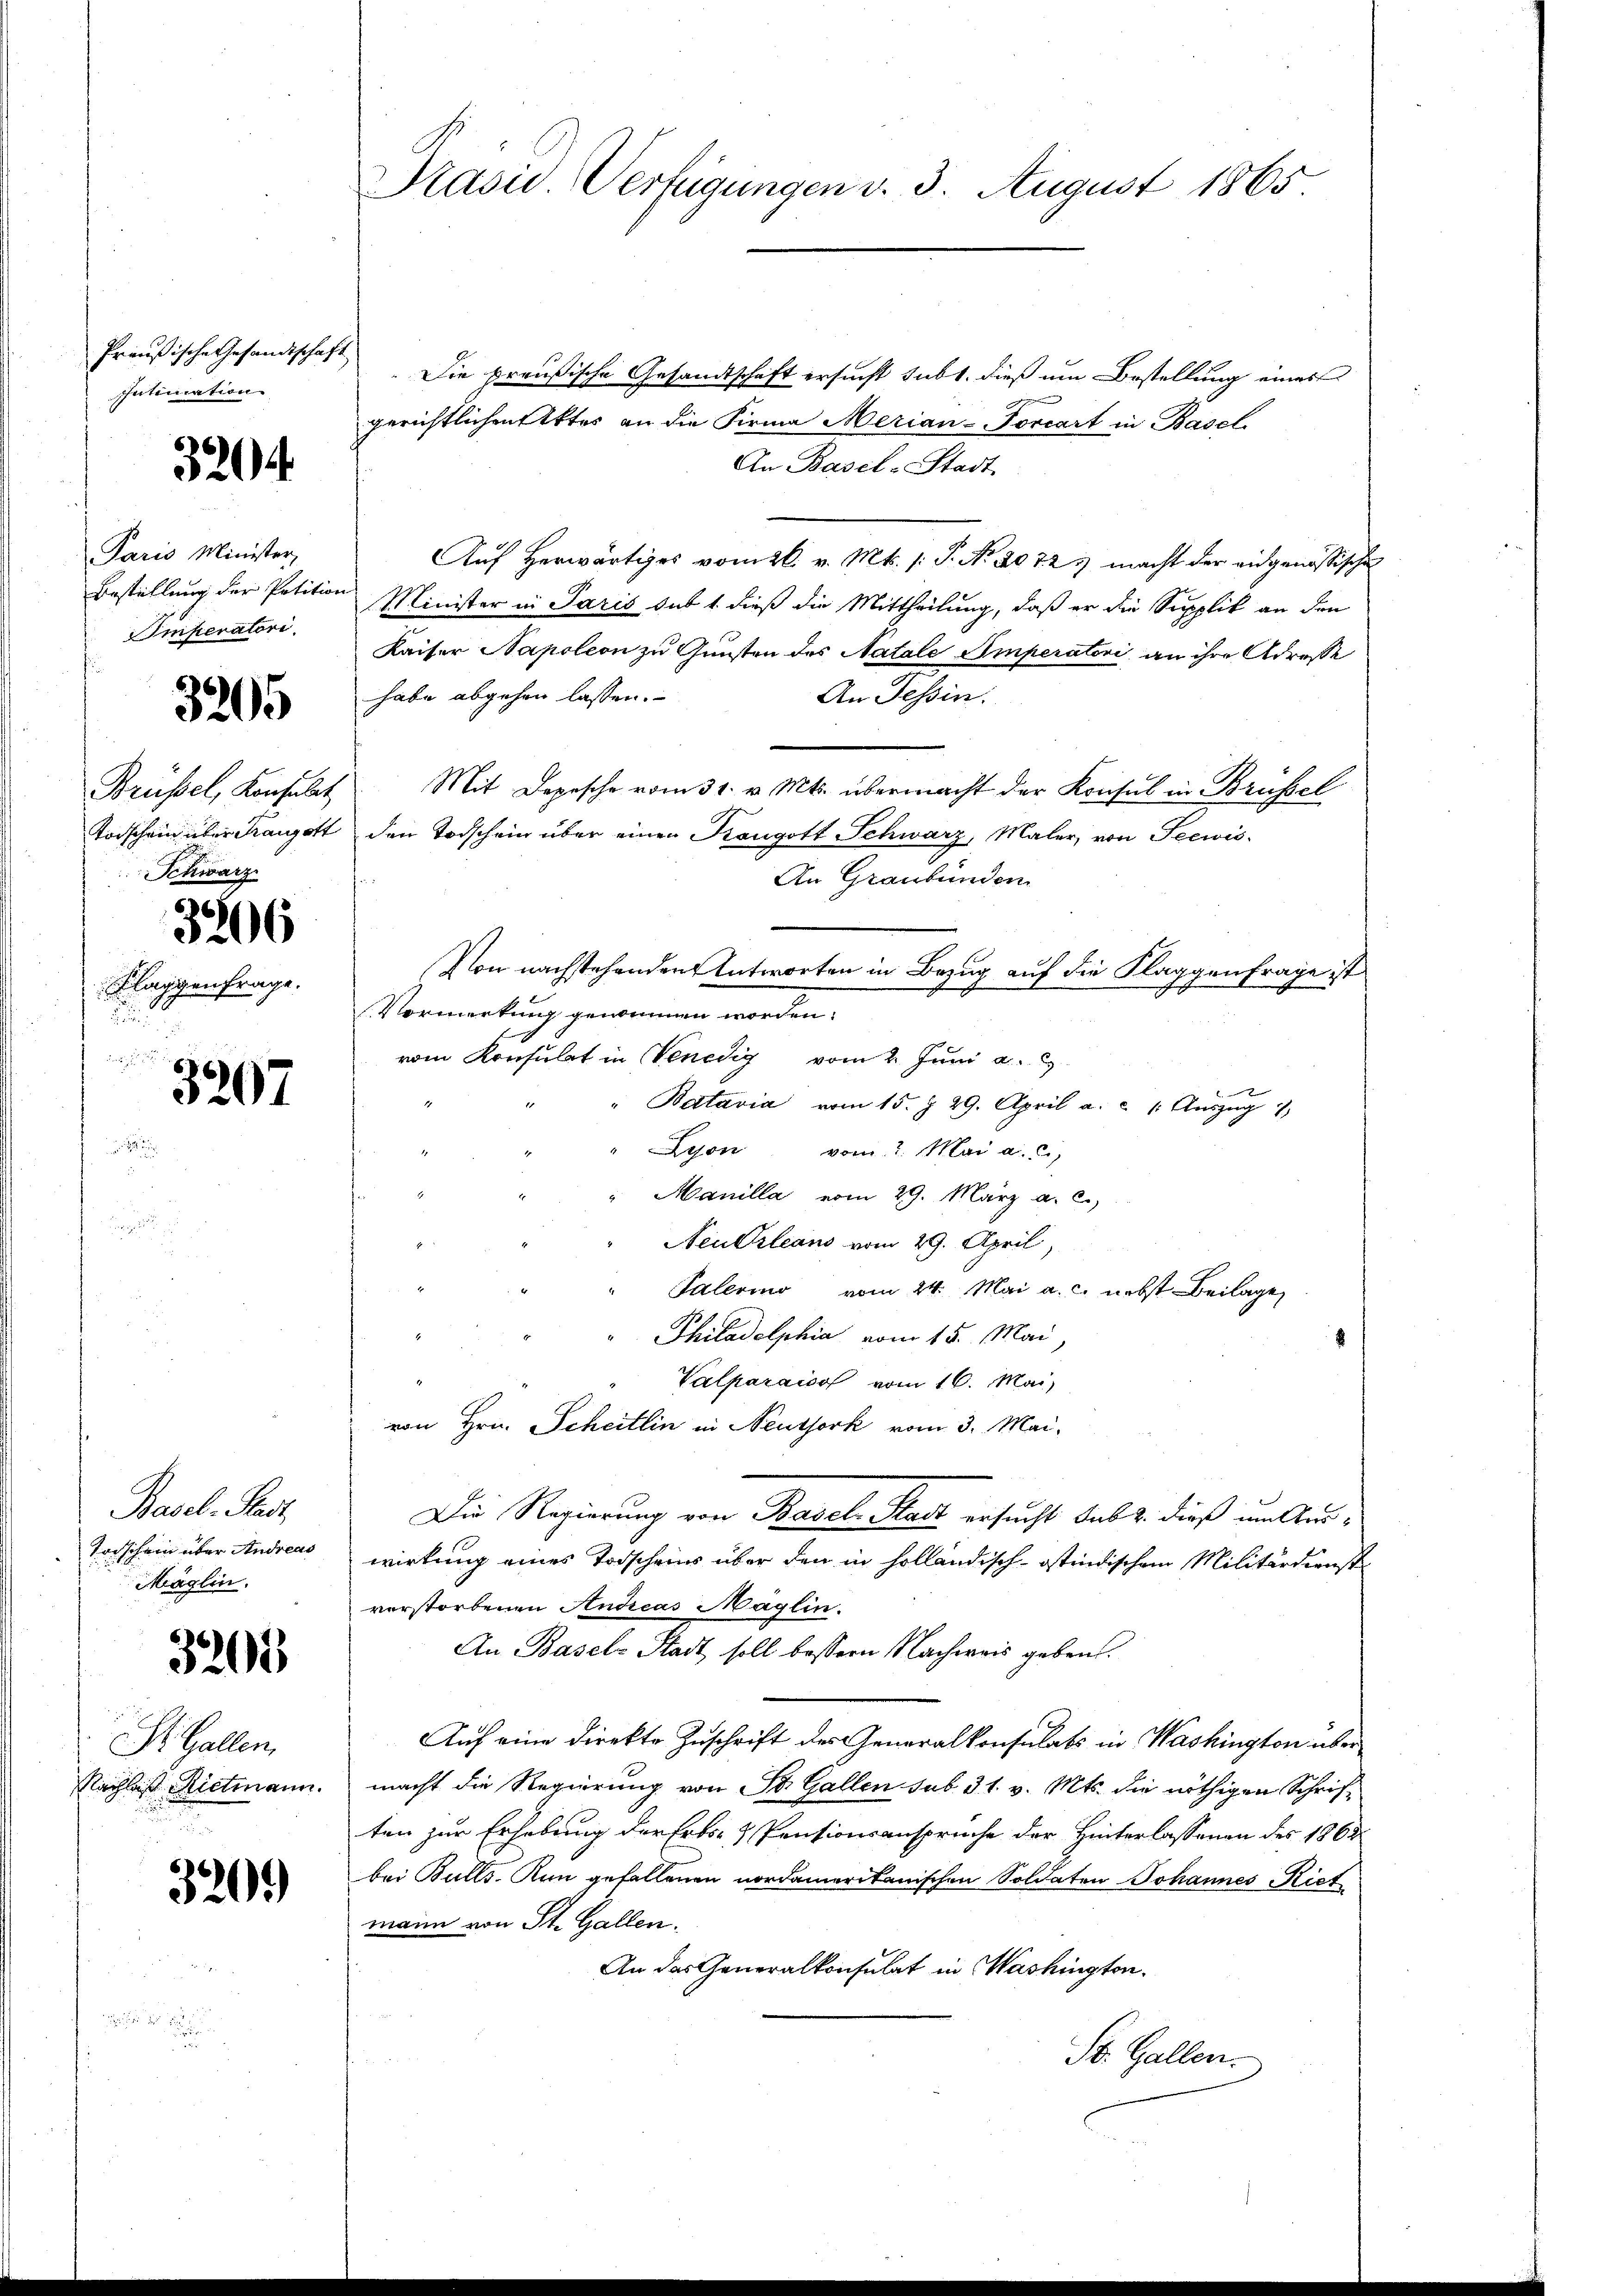
Preußische Gesandtschaft
Intimation

32

Paris Minister,
Bestellung der Petition
Imperatori

3205

Brüssel, Konsulat
Torschein über Franzott
Schwarz

3206

Flaggenfrage.
a

3207

Basel-Stadt,
Todschein über Andreas
Maglin.

3201

St. Gallen.
Nachlaß Rietmann.

320)

Präsid. Verfügungen v. 3. August 1865

Die preußische Gesandtschaft ersucht subt, dieß um Bestellung eines
gerichtlichen Aktes an die Firma Merian-Forcart in Basel.
An Basel-Stadt
Aŭf herwärtiges vom 26. v. Mts. /: P. Nr. 2072. macht der eidgenössische
e
Minister in Paris sub 1 dieß die Mittheilung, daß er die Supplik an den
Kaiser Napoleon zu Gunsten des Natale Emperatori, an ihre Adresse
habe abgehen lassen.
An Tessin.
Mit Depesche vom 31. v. Mts. übermacht der Konsul in Brüssel
den Todschein über einen Kongott Schwarz, Maler, von Seewis-
An Graubünden
A
Vormerkung genommen worden.
vom Konsulat in Venedig vom 2. Juni a.
1
" Batavia vom 15. J. 29. April a. c. 1. Aŭszŭg 7
Lyon vom 2. Mai a. c.
Manilla vom 29. März a. c.)
Neukrleans vom 29. April,
Palerino vom 24. Mai a. c. nebst Beilage
Philadelphia vom 15. Mai,
Valparaison vom 16. Mai
von Hrn. Scheitlin in Neuthork vom 3. Mai,
Die Regierung von Basel-Stadt ersucht sub 2. dieß um Auswirkung eines Todscheins über den in holländisch-Ostindischem Militärdienstverstorbenen Andreas Maglin.
An Basels Stadt soll bessern Nachweis geben.
Auf eine direkte Zuschrift des Generalkonsulats in Washington über
macht die Regierung von St. Gallen sub 31. v. Mts. die nöthigen Schrif-
ten zur Erhebung der Erbs- & Pensionsanspruche der Hinterlassenen des 1865
bei Bulls. Nun gefallenen nordamerikanischen Soldaten Johannes Riet
mann von St. Gallen.
An das Generalkonsulat in Washington.
St. Gallen.

Von nachstehenden Antworten in Bezug auf die Klaggenfrage ist